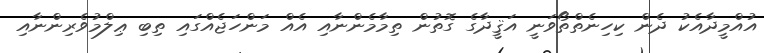
އުއްމީދާއެކު ދެން ކިހިނެތްތޯވަނީ އަޤީދާގެ ގޮތުން ތިމާމެންނާއި އެއް މަންހަޖެއްގައި ތިބި ޢިލްމުވެރިންނާއި